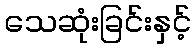
သေဆုံးခြင်းနှင့်